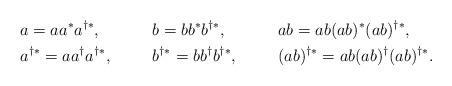
LaTeX: \begin{align*}&a=aa^*a^{\dag*},& &b=bb^*b^{\dag*},& &ab= ab(ab)^*(ab)^{\dag*},&\\&a^{\dag*}=aa^{\dag}a^{\dag*},&&b^{\dag*}=bb^{\dag}b^{\dag*},&&(ab)^{\dag*}=ab(ab)^{\dag}(ab)^{\dag*}.&\\\end{align*}